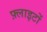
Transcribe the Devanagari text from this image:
फ़्लाइटों